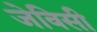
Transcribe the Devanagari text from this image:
जेविसी